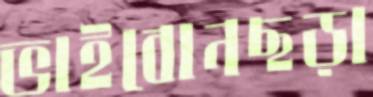
ভাইবোনছড়া